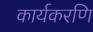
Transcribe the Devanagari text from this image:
कार्यकरणि